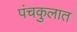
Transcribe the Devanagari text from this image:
पंचकुलात